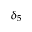
\delta _ { 5 }